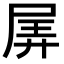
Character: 𡱯